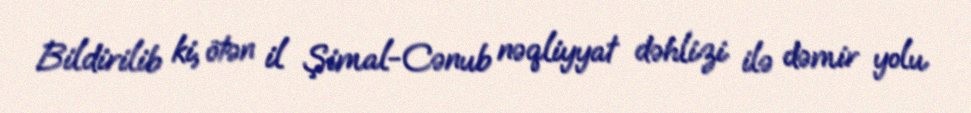
Bildirilib ki, ötən il Şimal-Cənub nəqliyyat dəhlizi ilə dəmir yolu